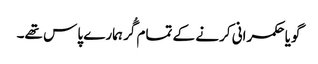
گویا حکمرانی کرنے کے تمام گُر ہمارے پاس تھے۔